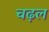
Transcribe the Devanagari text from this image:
चढ़ल